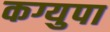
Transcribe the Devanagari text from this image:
कग्युपा